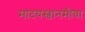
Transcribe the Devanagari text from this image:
मादयस्वानमीवा